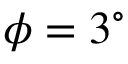
\phi = 3 ^ { \circ }